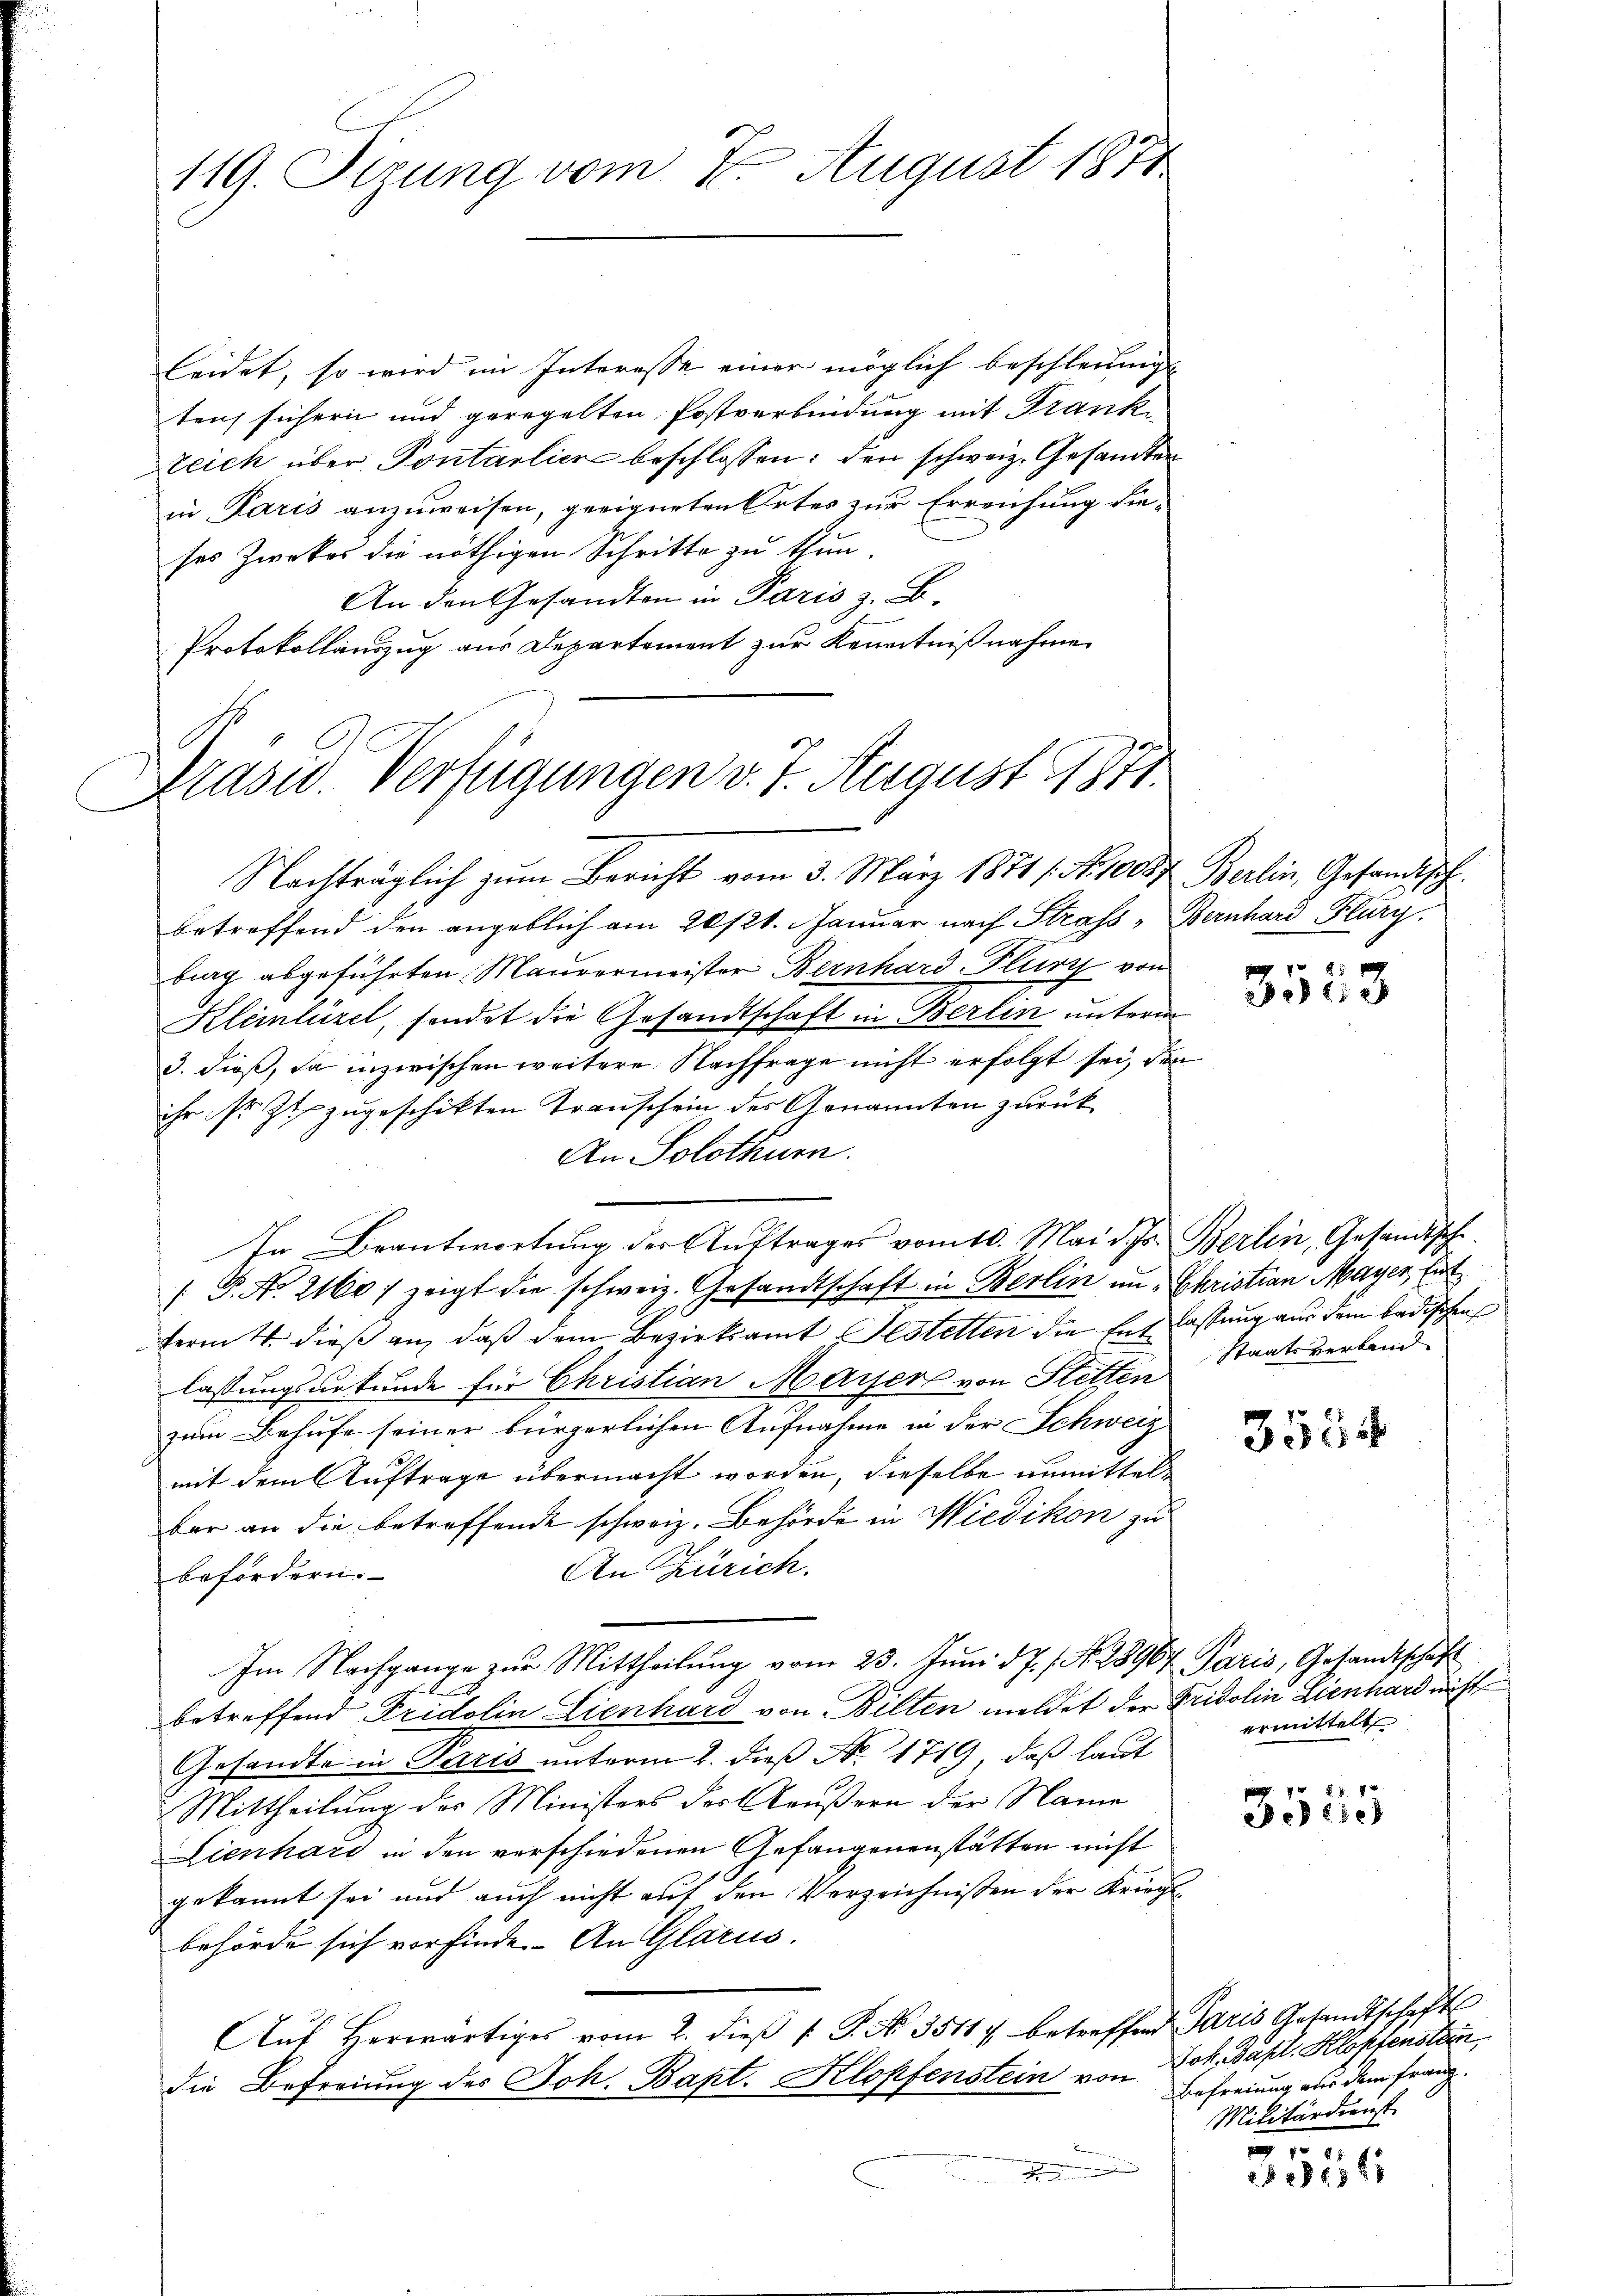
119. Setzung vom 7. August 1871.

leidet, so wird im Interesse einer möglich beschleunige
tens sichern und geregelten Postverbindung mit Frank
Zeich über Pontarlier beschlossen: den schweiz. Gesandten
in Paris anzuweisen, geeigneten Ortes zur Erreichung die-
ses Zweker die nöthigen Schritte zu thun.
An den Gesandten in Paris z. B.
Protokollauszug aus Departement zur Kenntnißnahme
Präsid. Verfügungen v. 7. August 1871.

Nachträglich zum Bericht vom 3. März 1871 f. No. 10087 Berlin, Gesandtsch
betreffend den angeblich am 20/21. Januar nach Strafs „Bernhard Flurg
burg abgeführten Maurermeister Bernhard Flury von
Kleinlizel, sondet die Gesandtschaft in Berlin unterm
3. dieß, da inzwischen weitere Nachfrage nicht erfolgt sei, den
ihr sr. Zt. zugeschikten Transchein des Genannten zurück
An Solothurn.
In Beantwortung der Auftrages vom 10. Mai d. Js. Berlin, Gesandtsch
 P. Nr. 2160: zeigt die schweiz. Gesandtschaft in Berlin un- Christian Mayer, Ent
ferm 4. dieß an, daß dem Bezirksamt Festetten die Entlastung aus dem badischen
lassungsurkunde für Christian Mayers von Stetten Staatsverland
zum Behufe seiner bürgerlichen Aufnahme in der Schweiz
mit dem Auftrage übermacht worden, dieselbe unmittelbar an die betreffende schweiz. Behörde in Wiedikon zu
An Zürich.
befördern.
Im Nachgange zŭr Mittheilŭng vom 23. Jŭni d.J. s. N. 28967 Paris, Gesandtschaft
A
betreffend Fridolin Lienhard von Bilten meldet der Fridolin Lienhard nicht
Gesandte in Paris unterm 2. dieß No. 1719, daß laut
Mittheilung der Ministers des Aeußern der Name
Lienhard in den verschiedenen Gefangenenstätten nicht
gekannt sei und auch nicht auf den Verzeichnissen der Kriegsbehörde sich vorfinde. An Glarus
Aŭf herwärtiges vom 2. dieβ  P. No. 35117 betreffend Paris Gesandtschafts
die Befreiung des Joh. Bapt. Klopfenstein von Joh. Bapt. Klostenstan
.
in

3523

3554

ermittelt

pn. 78 f 4 x
0f 28 x

Befreiung aus dem Franz.
Militärdienst

e
2136